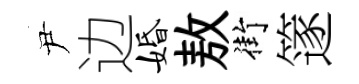
尹边婚敖街篴